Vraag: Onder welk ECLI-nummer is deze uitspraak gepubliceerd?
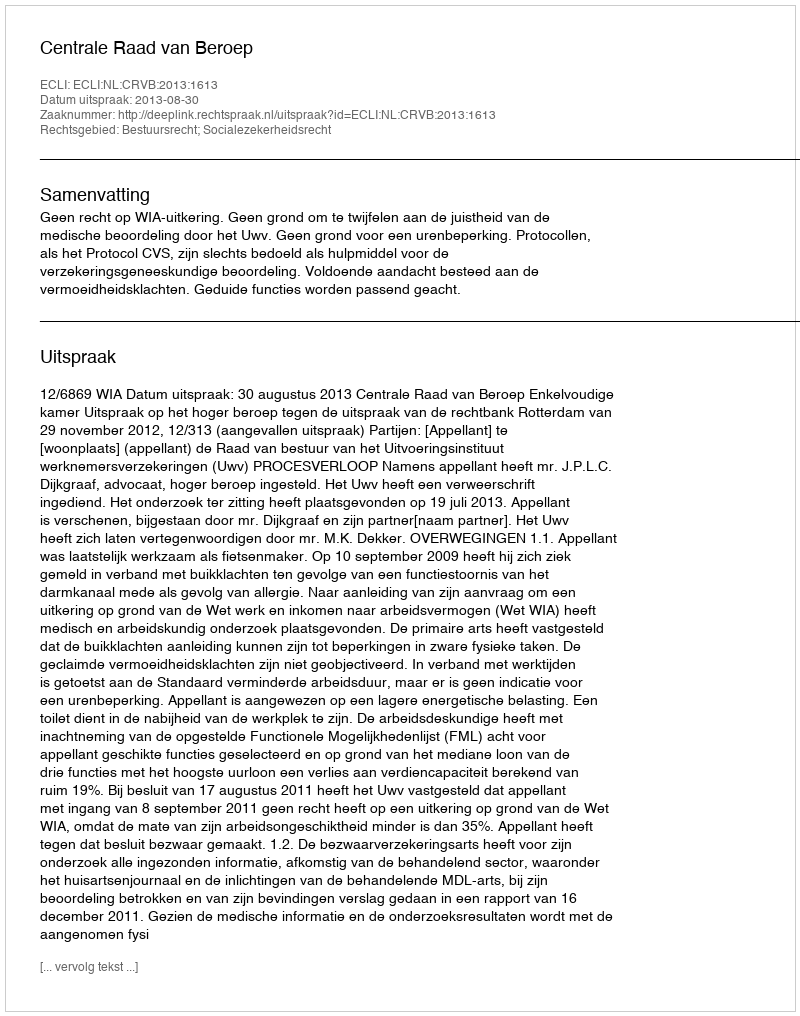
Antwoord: ECLI:NL:CRVB:2013:1613